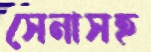
সেনাসহ